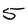
Character: 5